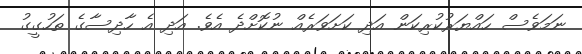
ނަމަވެސް ހައްޔަރުކުރިކަން އަދި ކަށަވަރެއް ނުކޮށްދެ އެވެ. އަދި އެ ހާދިސާގެ ތަހުގީގު